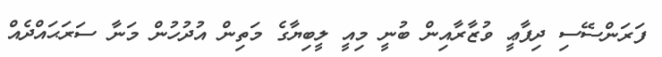
ފަރަންސޭސި ދިފާޢީ ވުޒާރާއިން ބުނީ މިއީ ލީބިޔާގެ މަތިން އުދުހުން މަނާ ސަރަޙައްދެއް